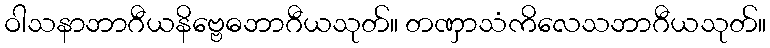
ဝါသနာဘာဂီယနိဗ္ဗေဓဘာဂီယသုတ်။ တဏှာသံကိလေသဘာဂီယသုတ်။